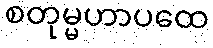
စတုမ္မဟာပထေ